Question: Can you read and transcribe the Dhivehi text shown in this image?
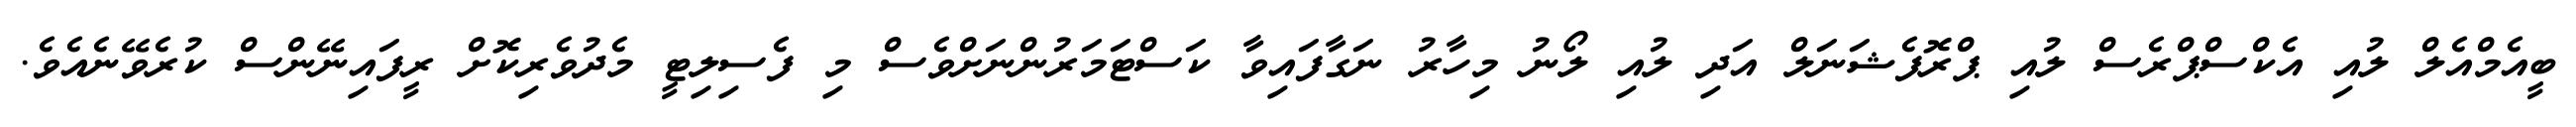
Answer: ބީއެމްއެލް ލުއި އެކްސްޕްރެސް ލުއި ޕްރޮފެޝަނަލް އަދި ލުއި ލޯނު މިހާރު ނަގާފައިވާ ކަސްޓަމަރުންނަށްވެސް މި ފެސިލިޓީ މެދުވެރިކޮށް ރީފައިނޭންސް ކުރެވޭނެއެވެ.